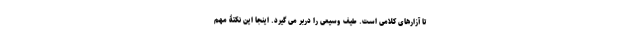
تا آزارهای کلامی است. طیف وسیعی را دربر می گیرد. اینجا این نکتۀ مهم